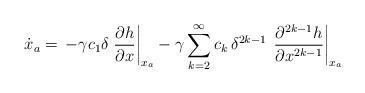
LaTeX: \begin{align*}\dot{{x}}_a = \, -\gamma c_1 \delta \left.\dfrac{\partial h}{\partial x}\right|_{{x}_a} -\gamma \sum_{k=2}^{\infty} c_k \,{\delta^{2k-1}}\,\left.\dfrac{\partial^{2k-1}h}{\partial x^{2k-1}} \right|_{{x}_a} \end{align*}